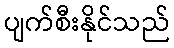
ပျက်စီးနိုင်သည်